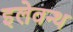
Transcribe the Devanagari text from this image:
इलेवन्थ